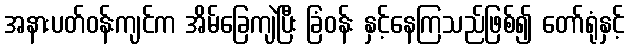
အနားပတ်ဝန်းကျင်က အိမ်ခြေကျဲပြီး ခြံဝန်း နှင့်နေကြသည်ဖြစ်၍ တော်ရုံနှင့်